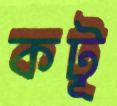
কটূ